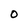
Character: O